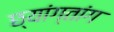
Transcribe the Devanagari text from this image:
छ्यांग्तांग